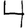
Digit: 4